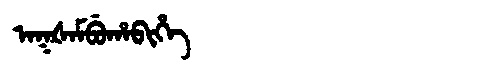
Manchu: ᠠᡴᡧᠠᠮᠪᡠᡥᠠᠪᡳᡥᡝ
Romanization: AKŠAMBUHABIHE